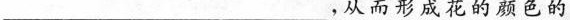
___，从而形成花的颜色的